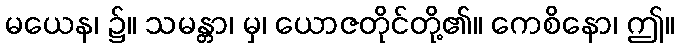
မယေန၊ ၌။ သမန္တာ၊ မှ၊ ယောဇတိုင်တို့၏။ ကေစိနော၊ ဤ။